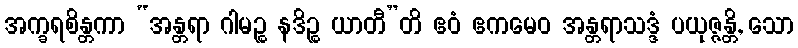
အက္ခရစိန္တကာ “အန္တရာ ဂါမဉ္စ နဒိဉ္စ ယာတီ”တိ ဧဝံ ဧကမေဝ အန္တရာသဒ္ဒံ ပယုဇ္ဇန္တိ, သော